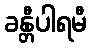
ခန္တီပါရမီ